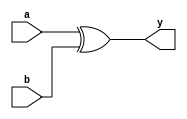
module xor1 (input a, input b, output y);

    xor(y, a,b);

endmodule